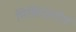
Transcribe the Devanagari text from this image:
मिश्रिखतीर्थ